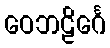
ဝေဘဠိင်္ဂေ